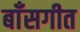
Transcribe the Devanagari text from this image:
बाँसगीत